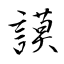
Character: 謨